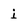
Character: i